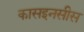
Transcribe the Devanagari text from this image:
कासइनसीस